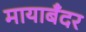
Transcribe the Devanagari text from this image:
मायाबँदर